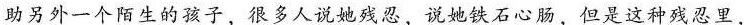
助另外一个陌生的孩子，很多人说她残忍，说她铁石心肠，但是这种残忍里，